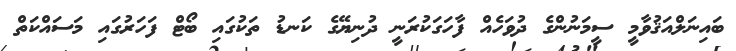
ބައިނަލްއަޤުވާމީ ސީމަނުންގެ ދުވަހެއް ފާހަގަކުރަނީ ދުނިޔޭގެ ކަނޑު ތަކުގައި ބޯޓް ފަހަރުގައި މަސައްކަތް